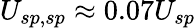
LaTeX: U_{sp,sp}\approx 0.07U_{sp}